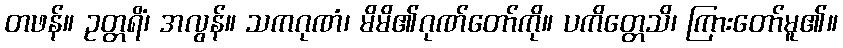
တဖန်။ ဥတ္တရိံ၊ အလွန်။ သကဂုဏံ၊ မိမိ၏ဂုဏ်တော်ကို။ ပကိတ္တေသိ၊ ကြားတော်မူ၏။